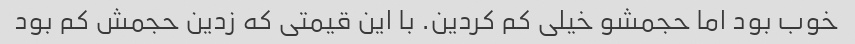
خوب بود اما حجمشو خیلی کم کردین. با این قیمتی که زدین حجمش کم بود